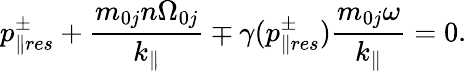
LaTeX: p_{\parallel res}^{\pm}+\frac{m_{0j}n\Omega_{0j}}{k_{\parallel}}\mp\gamma(p_{\parallel res}^{\pm})\frac{m_{0j}\omega}{k_{\parallel}}=0.